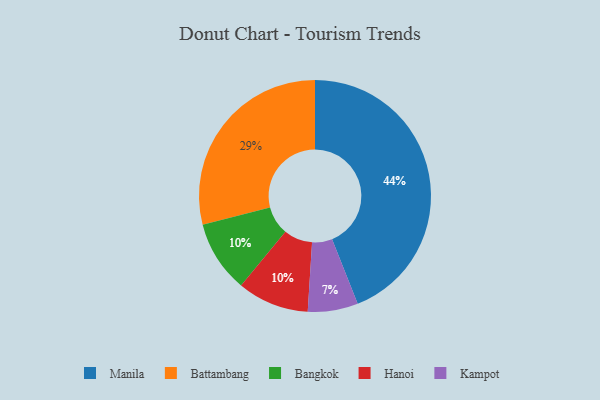
{"axis": {"x": "Category", "y": "Percentage"}, "legend": ["Bangkok", "Battambang", "Hanoi", "Kampot", "Manila"], "data": [{"x": "Bangkok", "y": 10, "type": "Bangkok"}, {"x": "Hanoi", "y": 10, "type": "Hanoi"}, {"x": "Kampot", "y": 7, "type": "Kampot"}, {"x": "Battambang", "y": 29, "type": "Battambang"}, {"x": "Manila", "y": 44, "type": "Manila"}]}